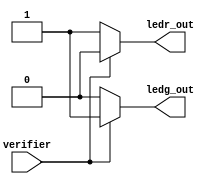
module Verifier_level3( verifier , ledr_out , ledg_out );//verifier_flag = verifier

  input verifier;
  output ledr_out , ledg_out;
  reg ledr_out , ledg_out;

  always @ (verifier)
    begin
  if(verifier==1)
        begin
          ledr_out = 1'b0;		// red led turns off
          ledg_out = 1'b1;		// green led turns on
        end
      else
	begin
          ledr_out = 1'b1;
          ledg_out = 1'b0;
        end
    end
endmodule